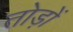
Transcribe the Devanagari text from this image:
तोड़ों